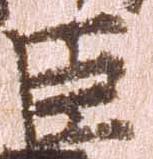
臣